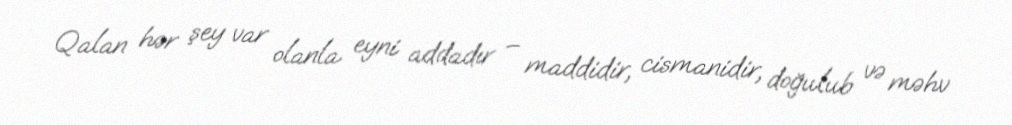
Qalan hər şey var olanla eyni addadır – maddidir, cismanidir, doğulub və məhv